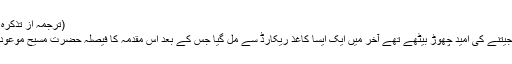
(ترجمہ از تذکرہ صفحہ307) (اربعین نمبر2روحانی خزائن جلد17صفحہ384)
آخر کا رباوجود اس کے کہ بظاہر وکلاء بھی شروع میں کیس جیتنے کی امید چھوڑ بیٹھے تھے آخر میں ایک ایسا کاغذ ریکارڈ سے مل گیا جس کے بعد اس مقدمہ کا فیصلہ حضرت مسیح موعود علیہ الصلوٰۃ والسلام کے حق میں ہو گیا اور دیوار گرا دی گئی۔